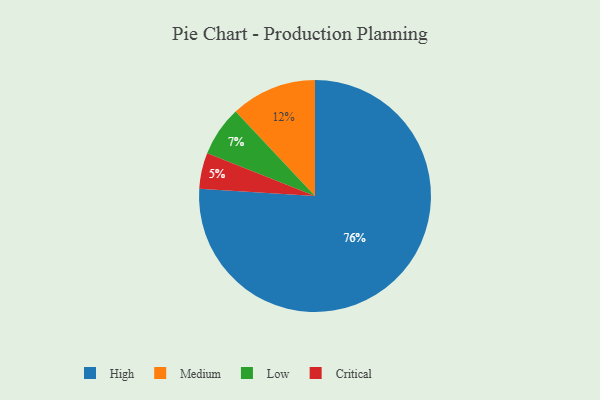
{"axis": {"x": "Category", "y": "Percentage"}, "legend": ["Critical", "High", "Low", "Medium"], "data": [{"x": "High", "y": 76, "type": "High"}, {"x": "Critical", "y": 5, "type": "Critical"}, {"x": "Low", "y": 7, "type": "Low"}, {"x": "Medium", "y": 12, "type": "Medium"}]}